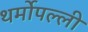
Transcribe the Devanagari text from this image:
थर्मोपल्ली